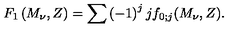
F _ { 1 } \left( M _ { \nu } , Z \right) = \sum \left( - 1 \right) ^ { j } j f _ { 0 ; j } ( M _ { \nu } , Z ) .